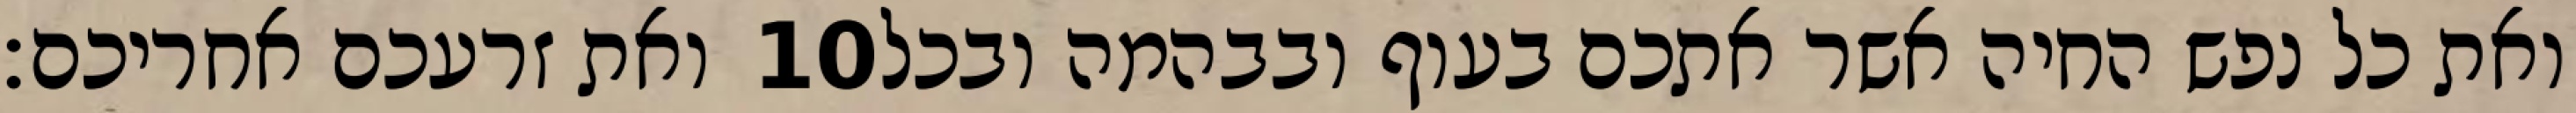
ואת זרעכם אחריכם׃ ‎10‏ ואת כל נפש החיה אשר אתכם בעוף ובבהמה ובכל